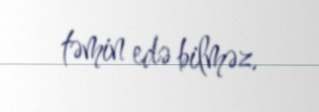
təmin edə bilməz.